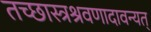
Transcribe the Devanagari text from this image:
तच्छास्त्रश्रवणादावन्यत्